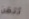
أتقن